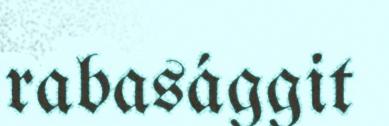
rabasággit